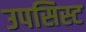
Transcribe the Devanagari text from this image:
उपसिस्ट